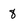
Character: 8